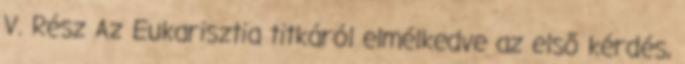
V. Rész Az Eukarisztia titkáról elmélkedve az első kérdés,